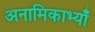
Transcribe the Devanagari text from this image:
अनामिकाभ्याँ